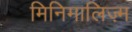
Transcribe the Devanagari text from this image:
मिनिमालिज़्म